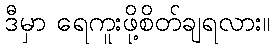
ဒီမှာ ရေကူးဖို့စိတ်ချရလား။